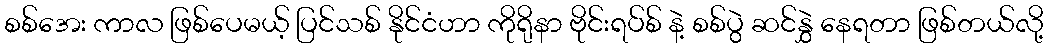
စစ်အေး ကာလ ဖြစ်ပေမယ့် ပြင်သစ် နိုင်ငံဟာ ကိုရိုနာ ဗိုင်းရပ်စ် နဲ့ စစ်ပွဲ ဆင်နွှဲ နေရတာ ဖြစ်တယ်လို့